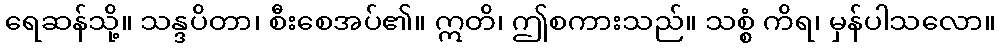
ရေဆန်သို့။ သန္ဒပိတာ၊ စီးစေအပ်၏။ ဣတိ၊ ဤစကားသည်။ သစ္စံ ကိရ၊ မှန်ပါသလော။